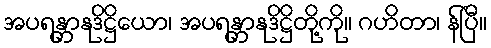
အပရန္တာနုဒိဋ္ဌိယော၊ အပရန္တာနုဒိဋ္ဌိတို့ကို။ ဂဟိတာ၊ န်ပြီ။